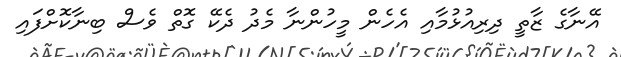
އޭނާގެ ޒާތީ ދިރިއުޅުމާއި އެހެން މީހުންނާ މެދު ދެކޭ ގޮތް ވެސް ބިނާކޮށްފައި